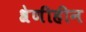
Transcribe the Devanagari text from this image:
श्रेणीहीन